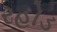
રહોડ